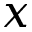
x